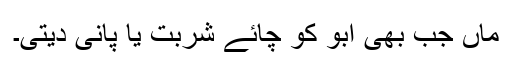
ماں جب بھی ابو کو چائے شربت یا پانی دیتی۔